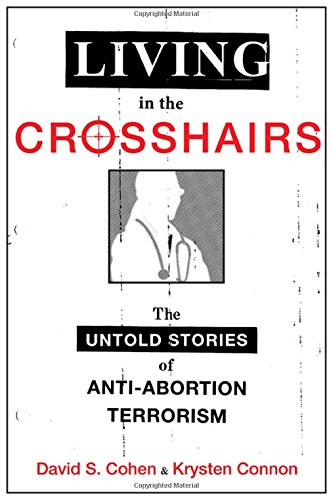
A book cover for Living in the Crosshairs: The Untold Stories of Anti-Abortion Terrorism; David S. Cohen; Politics & Social Sciences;